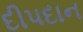
દીપદાન